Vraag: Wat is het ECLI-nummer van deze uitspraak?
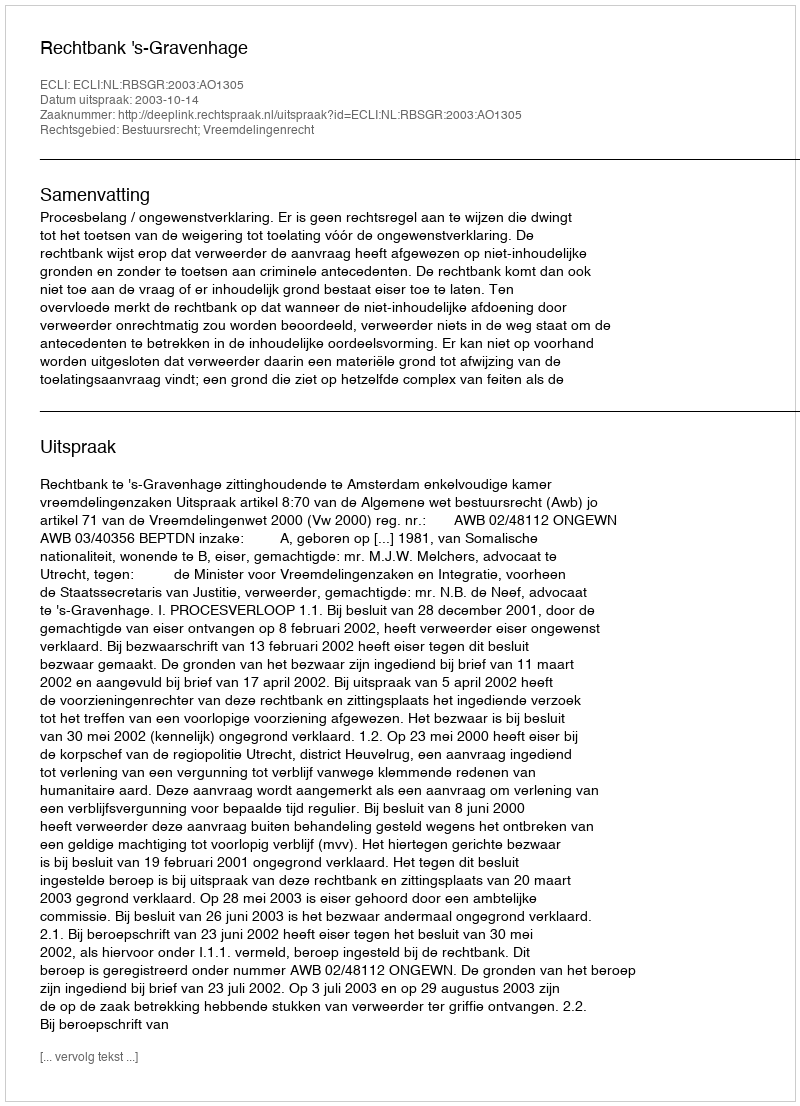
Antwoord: ECLI:NL:RBSGR:2003:AO1305